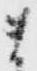
ま